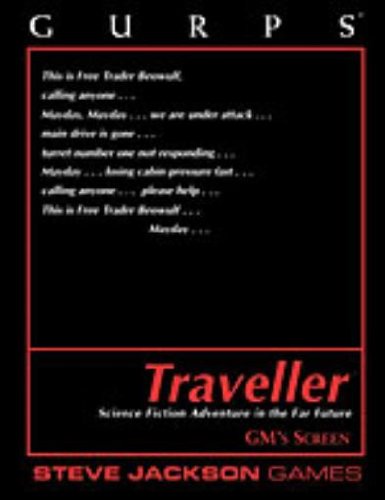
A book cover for GURPS Traveller GM Screen; Science Fiction & Fantasy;